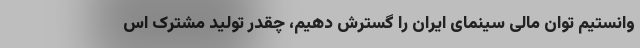
وانستیم توان مالی سینمای ایران را گسترش دهیم، چقدر تولید مشترک اس